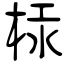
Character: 柡